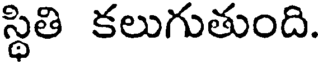
స్థితి కలుగుతుంది.